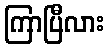
ကြာပြီလား